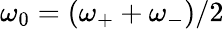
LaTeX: \omega_{0}=(\omega_{+}+\omega_{-})/2